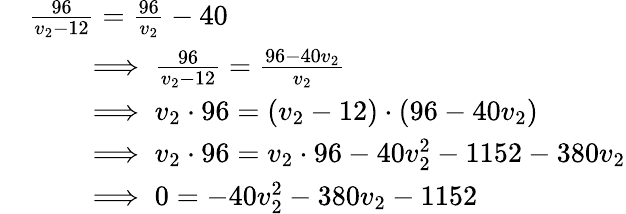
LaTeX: \begin{array}{rl}&{\frac{96}{v_{2}-12}=\frac{96}{v_{2}}-40}\\ &{\qquad\implies\frac{96}{v_{2}-12}=\frac{96-40v_{2}}{v_{2}}}\\ &{\qquad\implies v_{2}\cdot 96=(v_{2}-12)\cdot(96-40v_{2})}\\ &{\qquad\implies v_{2}\cdot 96=v_{2}\cdot 96-40v_{2}^{2}-1152-380v_{2}}\\ &{\qquad\implies 0=-40v_{2}^{2}-380v_{2}-1152}\end{array}